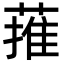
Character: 蓷